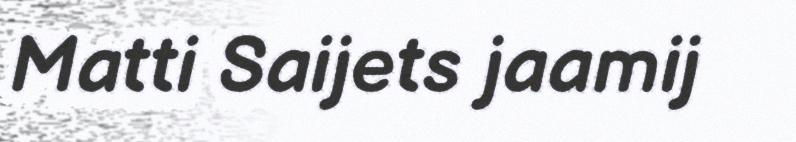
Matti Saijets jaamij